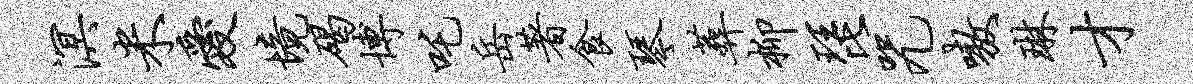
溟米爱境碣博吒岳著食琴葬柳琵咒嗷琳才